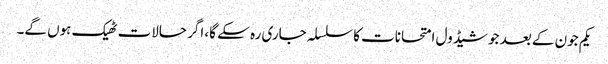
یکم جون کے بعد جو شیڈول امتحانات کا سلسلہ جاری رہ سکے گا، اگر حالات ٹھیک ہوں گے۔